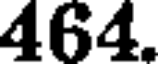
464.